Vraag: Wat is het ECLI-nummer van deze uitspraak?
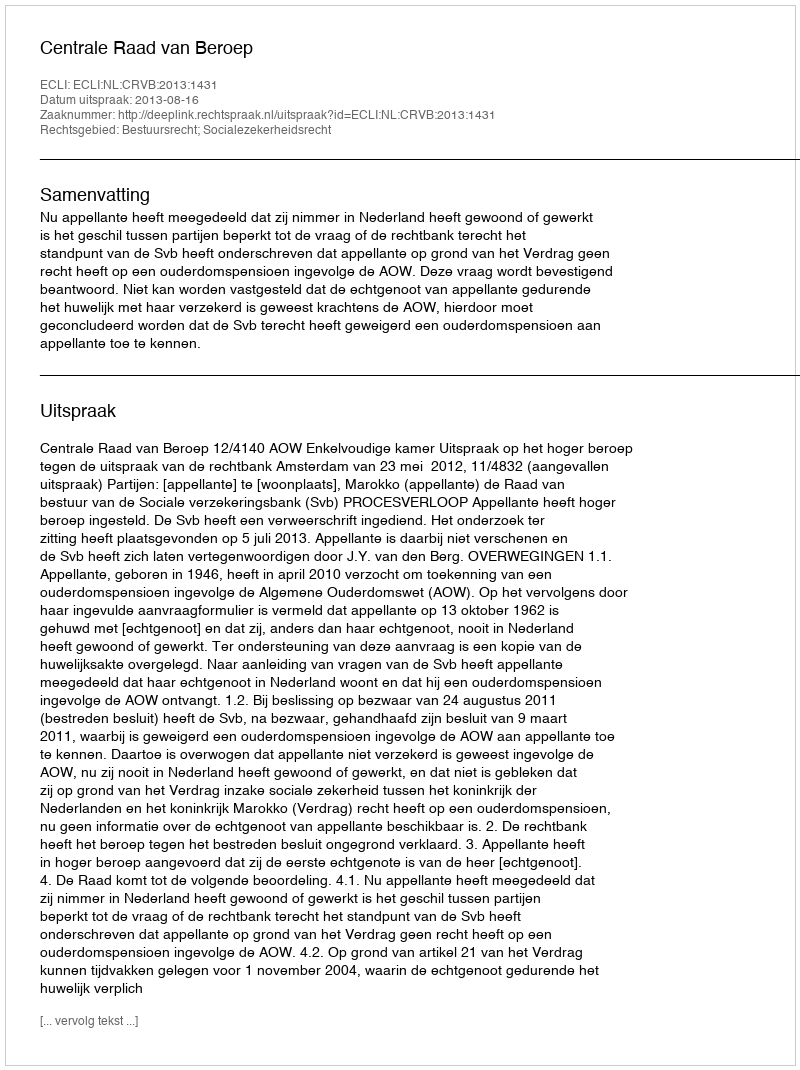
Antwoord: ECLI:NL:CRVB:2013:1431